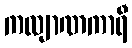
ကလျာဏကာရီ